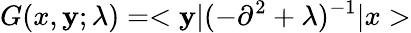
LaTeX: G(x,\mathbf{y};\lambda)=<\mathbf{y}|(-\partial^{2}+\lambda)^{-1}|x>